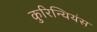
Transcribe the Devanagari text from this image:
कुरिन्थियंस